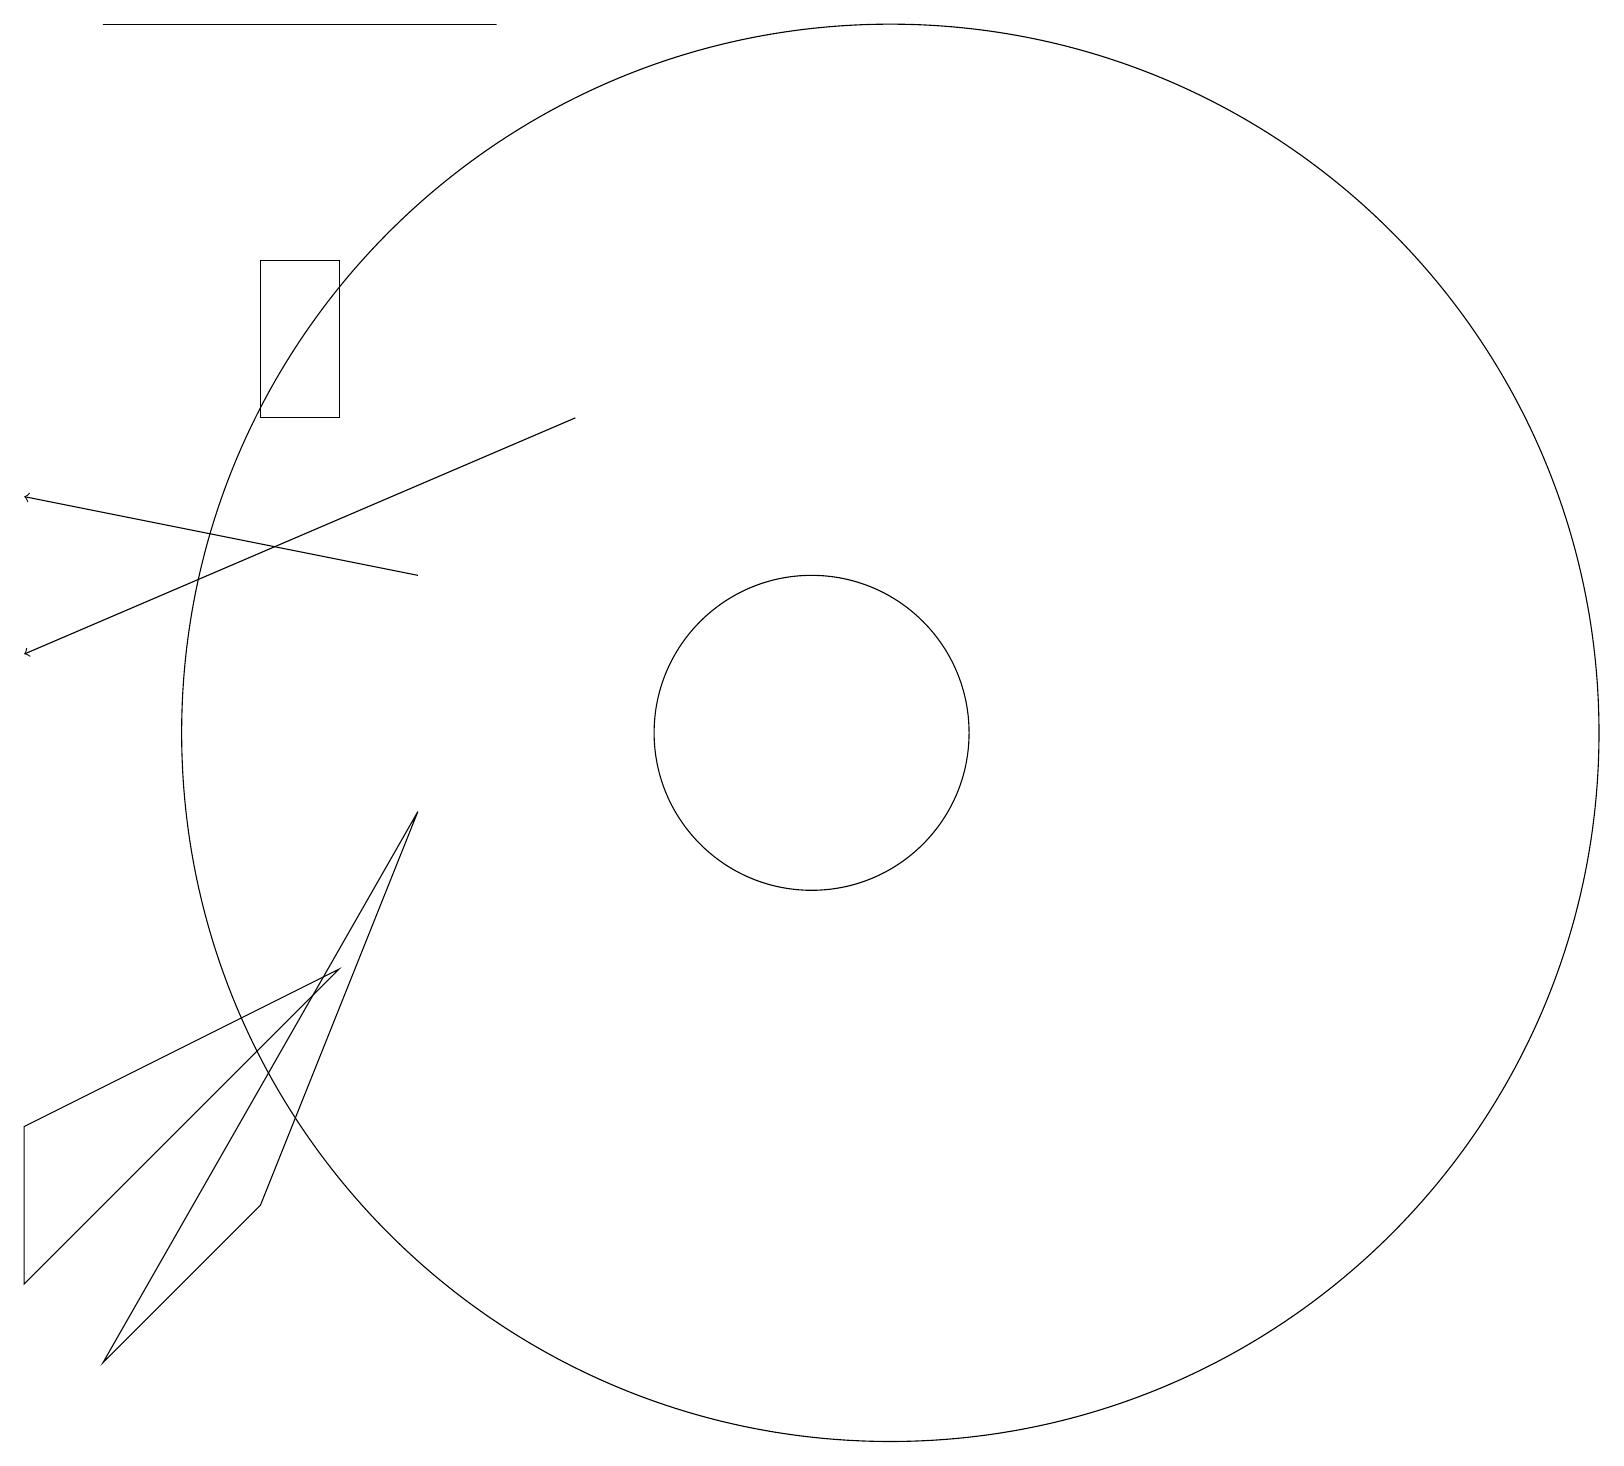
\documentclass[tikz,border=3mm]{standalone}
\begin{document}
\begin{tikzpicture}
\draw (5,14) rectangle (4,16);
\draw (7,19) rectangle (2,19);
\draw (1,5) -- (1,3) -- (5,7) -- cycle;
\draw[->] (6,12) -- (1,13);
\draw (4,4) -- (6,9) -- (2,2) -- cycle;
\draw (11,10) circle (2);
\draw (12,10) circle (9);
\draw[->] (8,14) -- (1,11);
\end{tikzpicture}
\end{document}